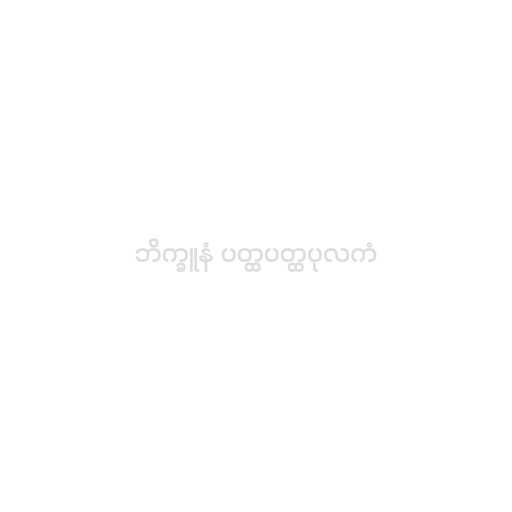
ဘိက္ခူနံ ပတ္ထပတ္ထပုလကံ